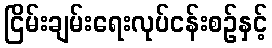
ငြိမ်းချမ်းရေးလုပ်ငန်းစဉ်နှင့်